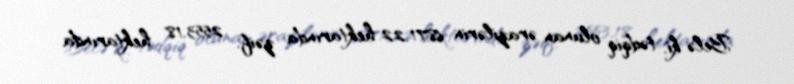
Belə ki, tədqiq olunan ərazilərin 6871,22 hektarında zəif, 2553,18 hektarında